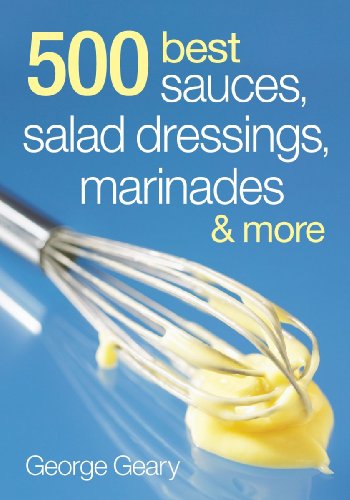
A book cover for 500 Best Sauces, Salad Dressings, Marinades and More; George Geary; Cookbooks, Food & Wine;